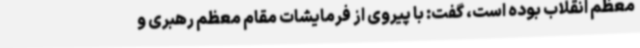
معظم انقلاب بوده است، گفت: با پیروی از فرمایشات مقام معظم رهبری و